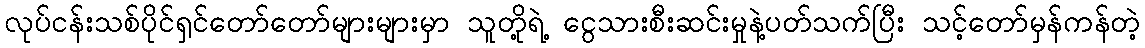
လုပ်ငန်းသစ်ပိုင်ရှင်တော်တော်များများမှာ သူတို့ရဲ့ ငွေသားစီးဆင်းမှုနဲ့ပတ်သက်ပြီး သင့်တော်မှန်ကန်တဲ့